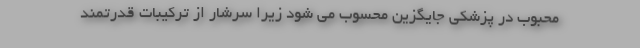
محبوب در پزشکی جایگزین محسوب می شود زیرا سرشار از ترکیبات قدرتمند